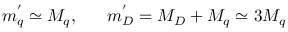
m _ { q } ^ { ' } \simeq M _ { q } , ~ ~ ~ ~ ~ m _ { D } ^ { ' } = M _ { D } + M _ { q } \simeq 3 M _ { q }